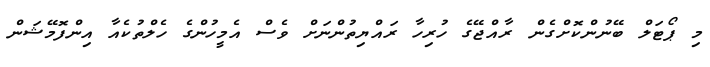
މި ޕޯޓަލް ބޭނުންކޮށްގެން ރާއްޖޭގެ ހުރިހާ ރައްޔިތުންނަށް ވެސް އެމީހުންގެ ހެލްތުކެއާ އިންފޮމޭޝަން